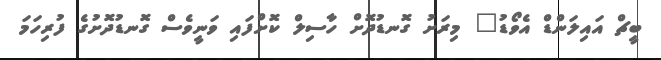
ބީޗް އައިލަންޑް އެވޯޑު" މިރަށު ގޮނޑުދޮށް ހާސިލް ކޮށްފައި ވަނީވެސް ގޮނޑުދޮށުގެ ފުރިހަމަ